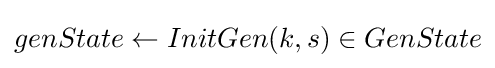
genState\leftarrow InitGen(k,s)\in GenState